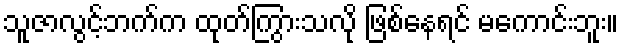
သူဇာလွင့်ဘက်က ထုတ်ကြွားသလို ဖြစ်နေရင် မကောင်းဘူး။